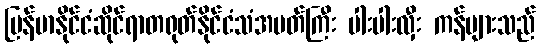
မြန်မာနိုင်ငံဆိုင်ရာတရုတ်နိုင်ငံသံအမတ်ကြီး ပါးပါးလှီး ကန်များသည်